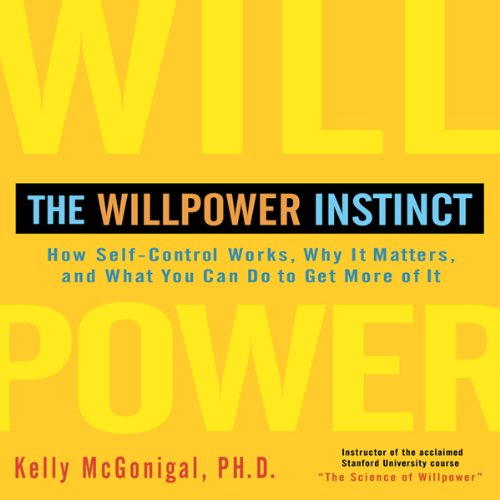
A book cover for The Willpower Instinct: How Self-Control Works, Why It Matters, and What You Can Do to Get More of It; Ph.D. Kelly McGonigal; Medical Books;